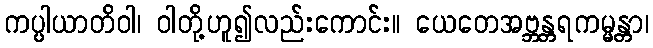
ကပ္ပါယာတိဝါ၊ ဝါတို့ဟူ၍လည်းကောင်း။ ယေတေအဗ္ဘန္တရကမ္မန္တာ၊